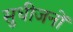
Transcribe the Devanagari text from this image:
सुधीजनों